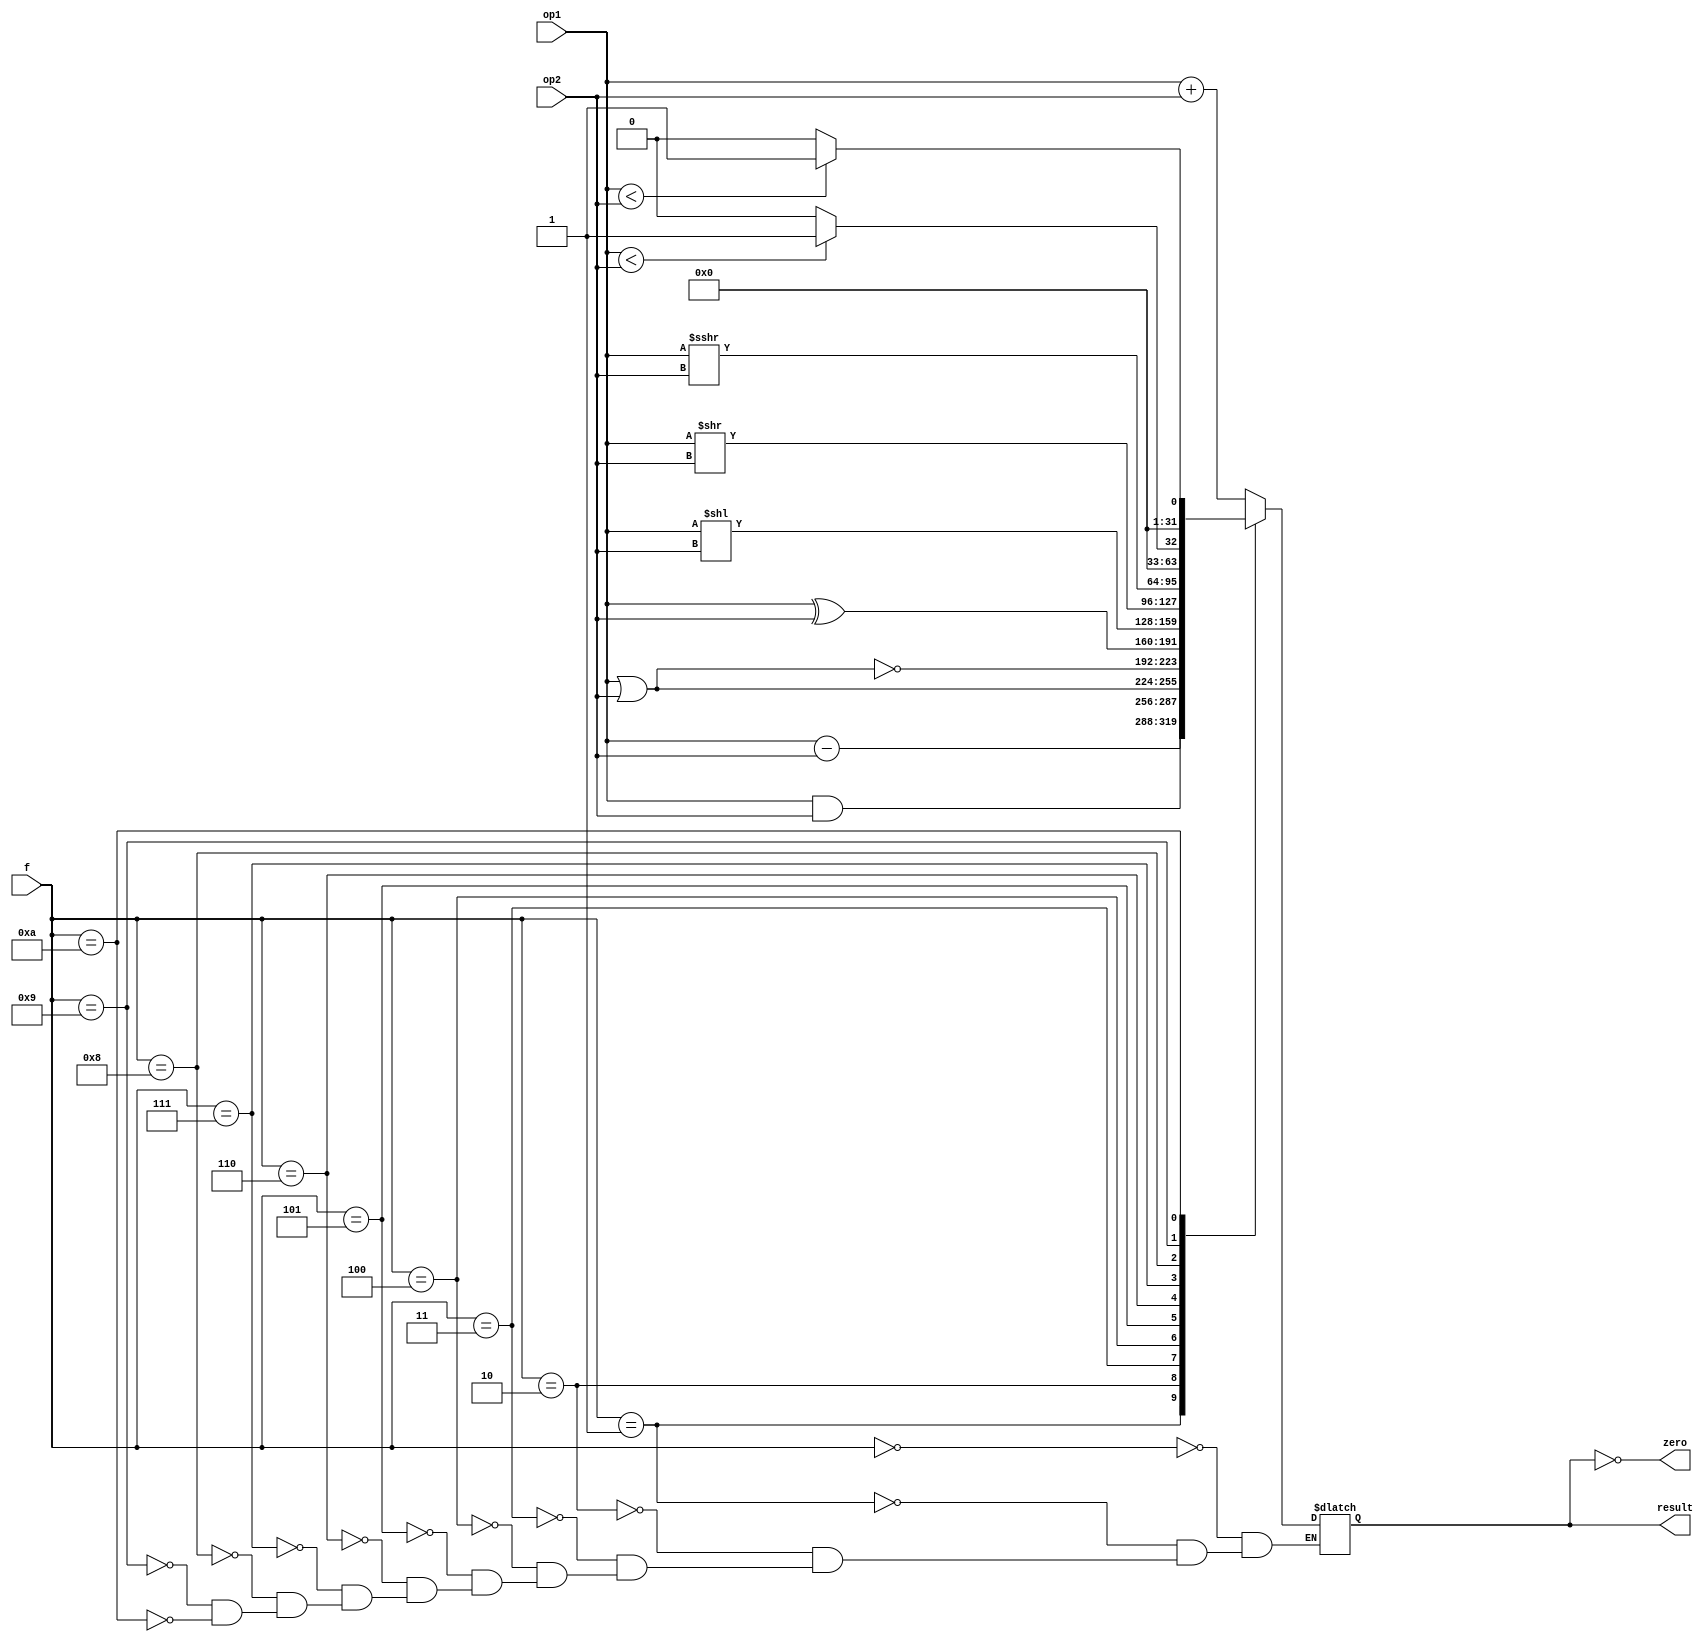
module Alu(input[31:0] op1,
		input[31:0] op2,
		input[3:0] f,
		output reg[31:0] result,
		output zero);

	always @(op1, op2, f)
		case (f)
			0: result = op1 + op2;
            1: result = op1 - op2;
            2: result = op1 & op2;
            3: result = op1 | op2;
            4: result = op1 ~| op2;
            5: result = op1 ^ op2;
            6: result = op1 << op2;
            7: result = op1 >> op2;
            8: result = op1 >>> op2;
            9: result = ($signed(op1) < $signed(op2)) ? 1 : 0; //SLT
            10: result = (op1 < op2) ? 1 : 0;   //SLTU
           /* 11: 
            12:
            13:
            14:
            15:*/
        endcase 
	
	assign zero = result == 0;
endmodule

module Mult_Div_Alu(input[31:0] op1,
                    input[31:0] op2,
                    input[3:0] f,
		    input en,
                    output reg[31:0] result_hi,
                    output reg[31:0] result_lo);

    always @(op1, op2, f)
	if(en) begin
       case (f)
    	    0: begin
                result_lo = $signed(op1) / $signed(op2);
                result_hi = $signed(op1) % $signed(op2);
            end
            1: begin
                result_lo = op1 / op2;
                result_hi = op1 % op2;
            end
            2: begin
		{result_hi, result_lo} = $signed(op1) * $signed(op2);
	    end
            3: begin
		{result_hi, result_lo} = op1 * op2;
	    end
          /*  4:
            5:
            6:
            7:
            8:
            9:
            10:
            11:
            12:
            13:
            14:
            15: */
        endcase

	
	$display("\tR[lo] = %x (hex)", result_lo);
	$display("\tR[hi] = %x (hex)", result_hi);
	end
endmodule